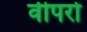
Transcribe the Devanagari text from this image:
वीपरो